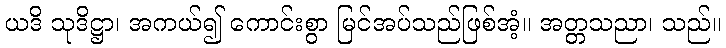
ယဒိ သုဒိဋ္ဌာ၊ အကယ်၍ ကောင်းစွာ မြင်အပ်သည်ဖြစ်အံ့။ အတ္တသညာ၊ သည်။